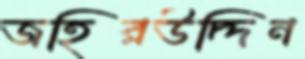
জহিরউদ্দিন